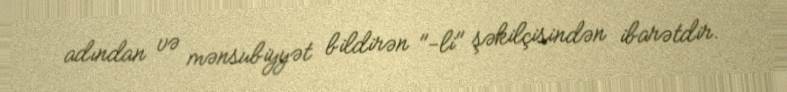
adından və mənsubiyyət bildirən "-li" şəkilçisindən ibarətdir.